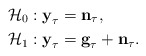
\begin{align*} &\mathcal{H}_0 : \textbf{y}_{\tau}= \textbf{n}_{\tau}, \\ &\mathcal{H}_1 :\textbf{y}_{\tau}= \textbf{g}_{\tau}+\textbf{n}_{\tau}.\end{align*}